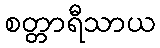
စတ္တာရီသာယ